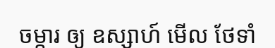
ចម្ការ ឲ្យ ឧស្សាហ៍ មើល ថែទាំ